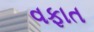
વફાત